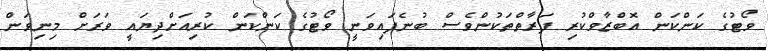
ވޯޓުގެ ކަންކަން އޮބްޒާވްކުރި ފަރާތްތަކުންވެސް ބުނެފައިވަނީ ވޯޓުގެ ކަންކަން ކުރިއަށްދިޔައީ ވަރަށް މިނިވަން